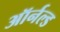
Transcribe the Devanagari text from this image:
ऑर्नल्ड